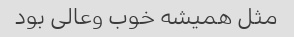
مثل همیشه خوب وعالی بود